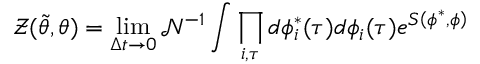
{ } \mathcal { Z } ( \tilde { \theta } , \theta ) = \operatorname* { l i m } _ { \Delta t \rightarrow 0 } \mathcal { N } ^ { - 1 } \int \prod _ { i , \tau } d \phi _ { i } ^ { * } ( \tau ) d \phi _ { i } ( \tau ) e ^ { S \left( \phi ^ { * } , \phi \right) }